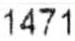
1471